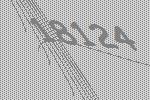
18124